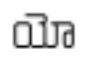
యో